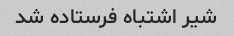
شیر اشتباه فرستاده شد